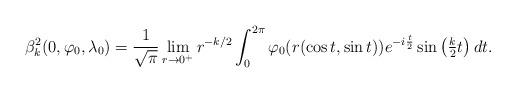
LaTeX: \begin{align*} \beta_k^2(0,\varphi_0,\lambda_0)=\frac1{\sqrt{\pi}}\lim_{r\to 0^+} r^{-k/2}\int_0^{2\pi} \varphi_0(r(\cos t,\sin t)) e^{-i\frac t2}\sin\big(\tfrac k2 t\big)\,dt.\end{align*}